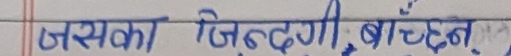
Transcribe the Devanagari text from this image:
जसका जिन्दगी, बाँच्न